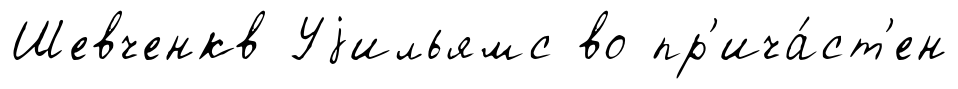
Шевченкв Уjильямс во пр'ича́ст'ен